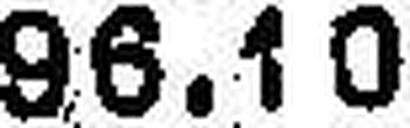
96.10